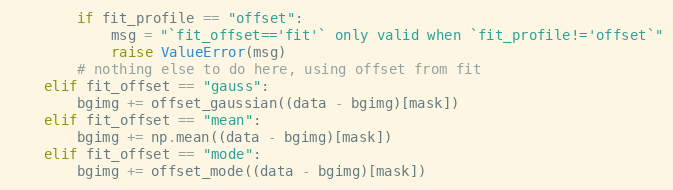
Language: Python
        if fit_profile == "offset":
            msg = "`fit_offset=='fit'` only valid when `fit_profile!='offset`"
            raise ValueError(msg)
        # nothing else to do here, using offset from fit
    elif fit_offset == "gauss":
        bgimg += offset_gaussian((data - bgimg)[mask])
    elif fit_offset == "mean":
        bgimg += np.mean((data - bgimg)[mask])
    elif fit_offset == "mode":
        bgimg += offset_mode((data - bgimg)[mask])